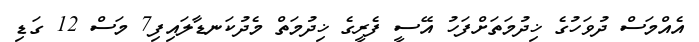
އެއްމަސް ދުވަހުގެ ޚިދުމަތަށްފަހު އޭސީ ފެރީގެ ޚިދުމަތް މެދުކަނޑާލައިފި7 މަސް 12 ގަޑި